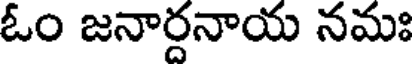
ఓం జనార్దనాయ నమః